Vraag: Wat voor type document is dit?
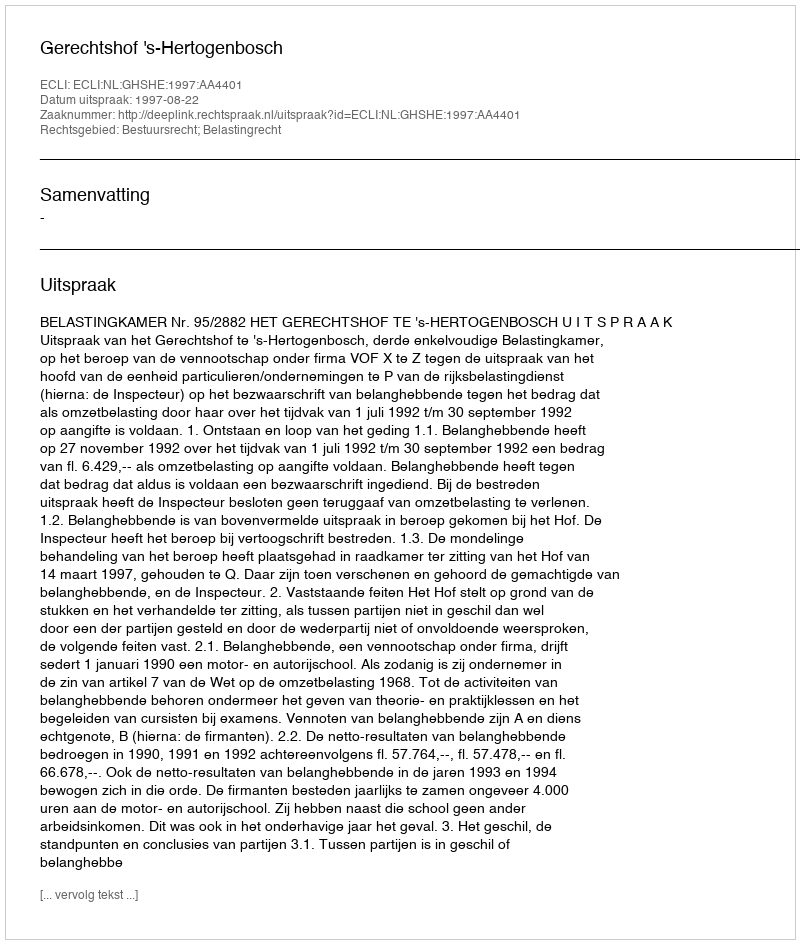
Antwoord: Uitspraak